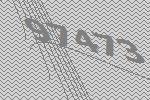
97473